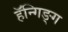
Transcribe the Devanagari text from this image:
हॅन्गिङ्ग